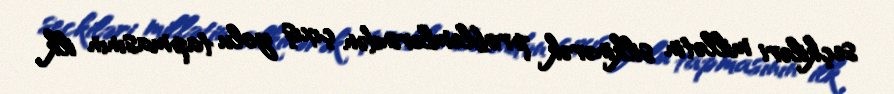
seçkiləri millətin silkinərək problemlərindən çıxış yolu tapmasının ilk